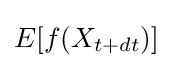
E[f(X_{t+dt})]